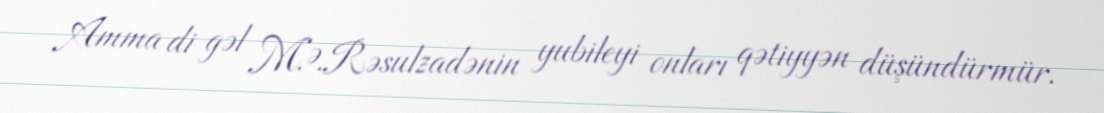
Amma di gəl M.Ə.Rəsulzadənin yubileyi onları qətiyyən düşündürmür.